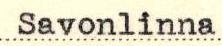
Savonlinna